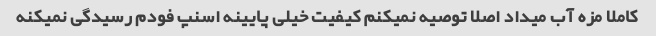
کاملا مزه آب میداد اصلا توصیه نمیکنم کیفیت خیلی پایینه اسنپ فودم رسیدگی نمیکنه